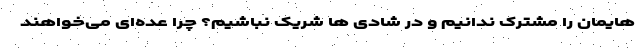
هایمان را مشترک ندانیم و در شادى ها شریک نباشیم؟ چرا عده‌اى می‌خواهند